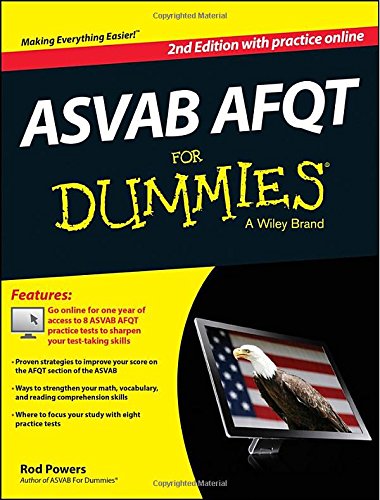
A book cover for ASVAB AFQT For Dummies, with Online Practice Tests; Rod Powers; Test Preparation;